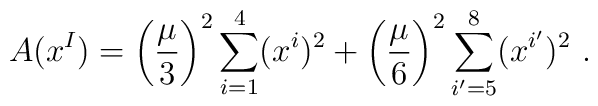
A(x^I) = \left( \frac{\mu}{3} \right)^2           \sum^4_{i=1} (x^i)^2         +\left( \frac{\mu}{6} \right)^2          \sum^8_{i'=5} (x^{i'})^2~.